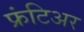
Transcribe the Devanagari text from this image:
फ्रंटिअर